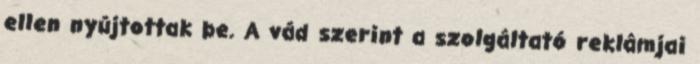
ellen nyújtottak be. A vád szerint a szolgáltató reklámjai